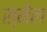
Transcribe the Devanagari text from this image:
स्मेल